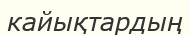
кайықтардың